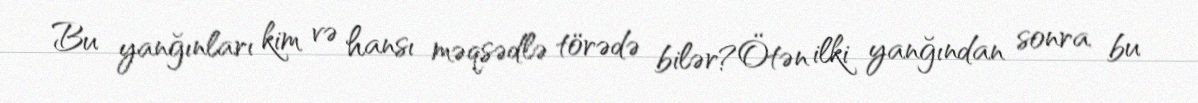
Bu yanğınları kim və hansı məqsədlə törədə bilər?Ötən ilki yanğından sonra bu